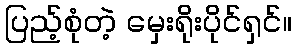
ပြည့်စုံတဲ့ မှေးရိုးပိုင်ရှင်။